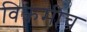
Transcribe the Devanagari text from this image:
विक्रमीच